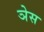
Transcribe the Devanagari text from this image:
ञेस